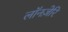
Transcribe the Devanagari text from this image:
लॉनज़ेरि